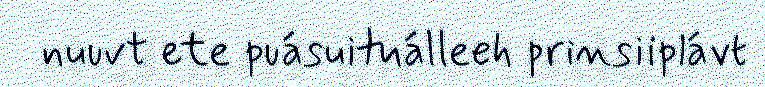
nuuvt ete puásuituálleeh prinsiiplávt